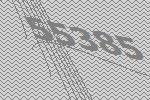
55385